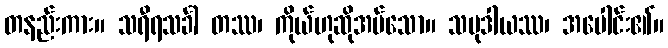
တနည်းကား။ သရီရသင်္ခါ တဿ၊ ကိုယ်ဟုဆိုအပ်သော။ သမုဒါယဿ၊ အပေါင်း၏။